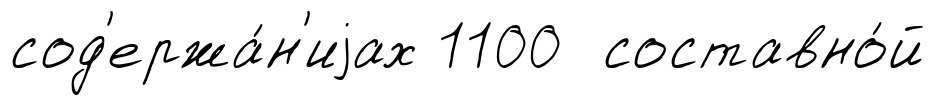
сод'ержа́н'иjах 1100 составно́й